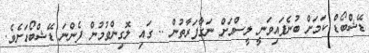
ޑޭޝްބޯޑް ކަމަށް ބުނެފައިވަނީ ލީސްއަށް ނަގާފަރާތުން .. ގައި ލޮގިންވުމުން ފެންނަ ޑޭޝްބޯޑަށެވެ.